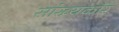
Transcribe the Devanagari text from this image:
सांख्यकार